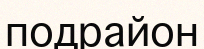
подрайон